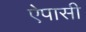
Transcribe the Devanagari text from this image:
ऐपासी